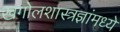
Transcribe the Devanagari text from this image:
खगोलशास्त्रज्ञांमध्ये